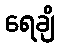
ရေချိ